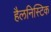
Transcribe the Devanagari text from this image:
हैलनिस्टिक